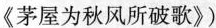
《茅屋为秋风所破歌》)